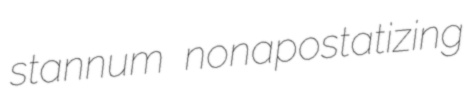
stannum nonapostatizing